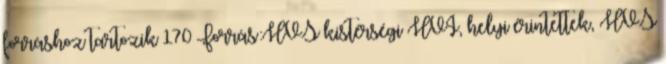
forráshoz tartozik 170 Forrás:HVS kistérségi HVI, helyi érintettek, HVS